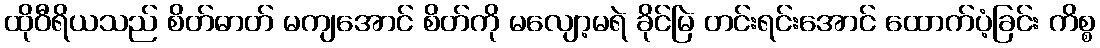
ထိုဝီရိယသည် စိတ်ဓာတ် မကျအောင် စိတ်ကို မလျော့မရဲ ခိုင်မြဲ တင်းရင်းအောင် ထောက်ပံ့ခြင်း ကိစ္စ